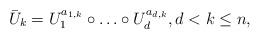
LaTeX: \begin{align*}\bar U_k=U_1^{a_{1,k}}\circ\ldots\circ U_d^{a_{d,k}},d<k\le n,\end{align*}